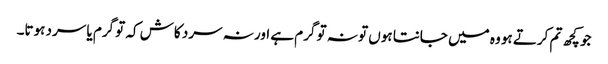
جو کچھ تم کرتے ہو وہ میں جانتا ہوں تو نہ تو گرم ہے اور نہ سرد کاش کہ تو گرم یا سرد ہوتا۔